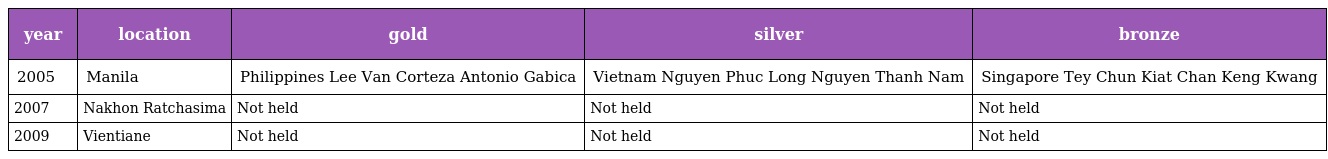
| year | location | gold | silver | bronze |
 | --- | --- | --- | --- | --- |
 | 2005 | Manila | Philippines Lee Van Corteza Antonio Gabica | Vietnam Nguyen Phuc Long Nguyen Thanh Nam | Singapore Tey Chun Kiat Chan Keng Kwang |
 | 2007 | Nakhon Ratchasima | Not held | Not held | Not held |
 | 2009 | Vientiane | Not held | Not held | Not held |